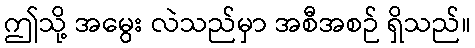
ဤသို့ အမွေး လဲသည်မှာ အစီအစဉ် ရှိသည်။